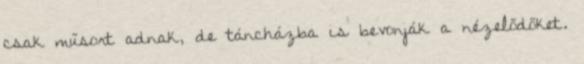
csak műsort adnak, de táncházba is bevonják a nézelődőket.